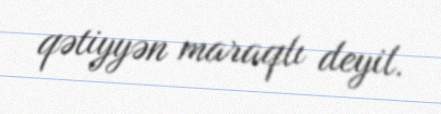
qətiyyən maraqlı deyil.